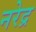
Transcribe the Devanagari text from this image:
नरेद्र